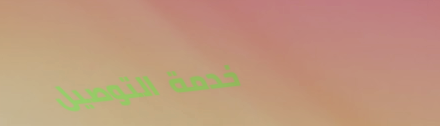
خدمة التوصيل